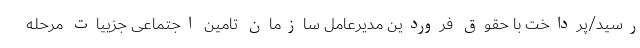
رسید/پرداخت با حقوق فروردین مدیرعامل سازمان تامین اجتماعی جزییات مرحله